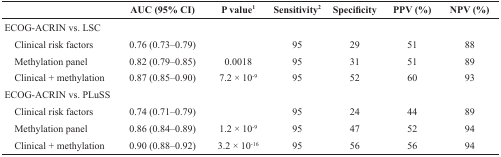
<table><thead><tr><td></td><td><b>AUC (95% CI)</b></td><td><b>P value<sup>1</sup></b></td><td><b>Sensitivity<sup>2</sup></b></td><td><b>Specificity</b></td><td><b>PPV (%)</b></td><td><b>NPV (%)</b></td></tr></thead><tbody><tr><td>ECOG-ACRIN vs. LSC</td><td></td><td></td><td></td><td></td><td></td><td></td></tr><tr><td> Clinical risk factors</td><td>0.76 (0.73–0.79)</td><td></td><td>95</td><td>29</td><td>51</td><td>88</td></tr><tr><td> Methylation panel</td><td>0.82 (0.79–0.85)</td><td>0.0018</td><td>95</td><td>31</td><td>51</td><td>89</td></tr><tr><td> Clinical + methylation</td><td>0.87 (0.85–0.90)</td><td>7.2 × 10<sup>−9</sup></td><td>95</td><td>52</td><td>60</td><td>93</td></tr><tr><td>ECOG-ACRIN vs. PLuSS</td><td></td><td></td><td></td><td></td><td></td><td></td></tr><tr><td> Clinical risk factors</td><td>0.74 (0.71–0.79)</td><td></td><td>95</td><td>24</td><td>44</td><td>89</td></tr><tr><td> Methylation panel</td><td>0.86 (0.84–0.89)</td><td>1.2 × 10<sup>−9</sup></td><td>95</td><td>47</td><td>52</td><td>94</td></tr><tr><td> Clinical + methylation</td><td>0.90 (0.88–0.92)</td><td>3.2 × 10<sup>−16</sup></td><td>95</td><td>56</td><td>56</td><td>94</td></tr></tbody></table>